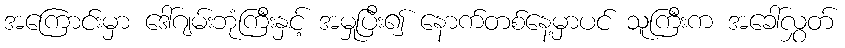
အကြောင်းမှာ ဒေါ်ဂျမ်းဘုံကြီးနှင့် အမှုပြီး၍ နောက်တစ်နေ့မှာပင် သူကြီးက အခေါ်လွှတ်